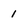
Character: 1